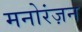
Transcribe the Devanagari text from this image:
मनोरंज़न